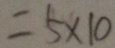
= 5 \times 1 0